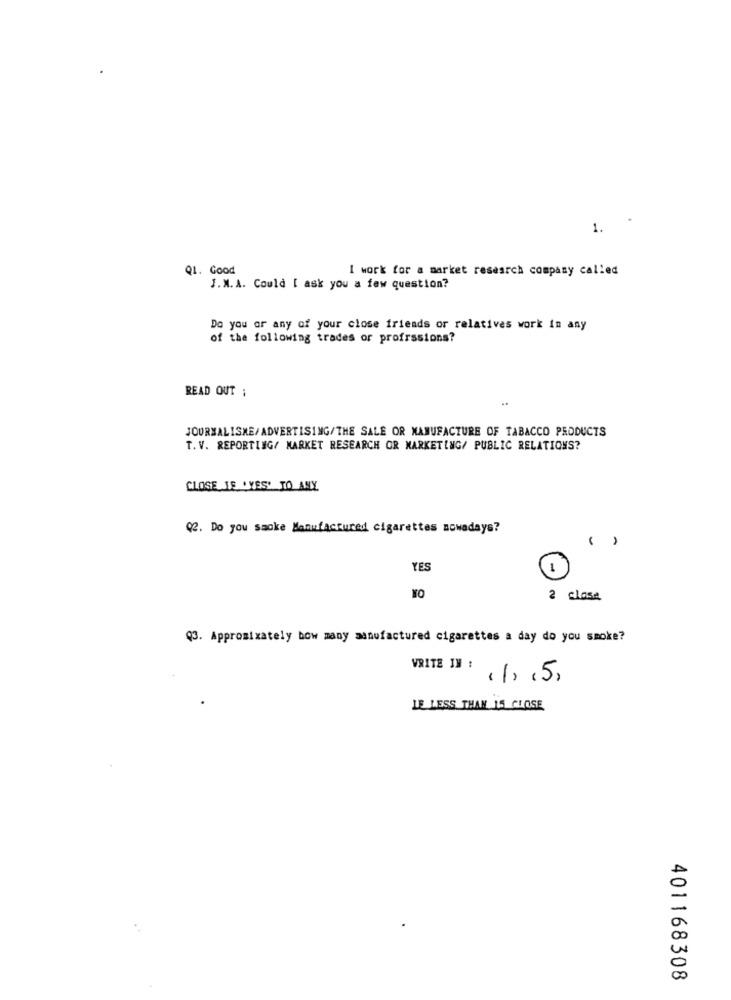
1.
Q1. Good
I work for a market research company called
J.M. A. Could [ ask you a few question?
Do you or any of your close friends or relatives work in any
of the following trades or professions?
READ OUT ;
JOURNALISME/ADVERTISING/THE SALE OR MANUFACTURE OF TABACCO PRODUCTS
T. V. REPORTING/ MARKET RESEARCH OR MARKETING/ PUBLIC RELATIONS?
CLOSE IF YES' TO ANY
Q2. Do you smoke Manufactured cigarettes nowadays?
YES
-
2 clase
Q3. Appromixately bow many manufactured cigarettes a day do you smoke?
WRITE IN :
11, 15,
LE LESS THAN 15 CLOSE
401168308